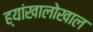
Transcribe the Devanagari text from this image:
ह्यांखालोखाल